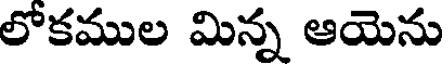
లోకముల మిన్న ఆయెను